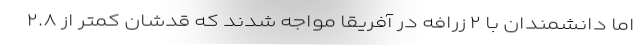
اما دانشمندان با ۲ زرافه در آفریقا مواجه شدند که قدشان کمتر از ۲.۸